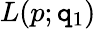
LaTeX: L(p;\mathtt{q}_{1})